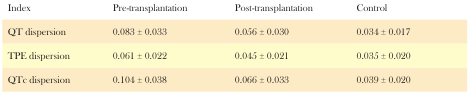
<table><thead><tr><td><b>Index</b></td><td><b>Pre-transplantation</b></td><td><b>Post-transplantation</b></td><td><b>Control</b></td></tr></thead><tbody><tr><td>QT dispersion</td><td>0.083 ± 0.033</td><td>0.056± 0.030</td><td>0.034 ± 0.017</td></tr><tr><td>TPE dispersion</td><td>0.061±0.022</td><td>0.045 ±0.021</td><td>0.035±0.020</td></tr><tr><td>QTc dispersion</td><td>0.104±0.038</td><td>0.066±0.033</td><td>0.039±0.020</td></tr></tbody></table>